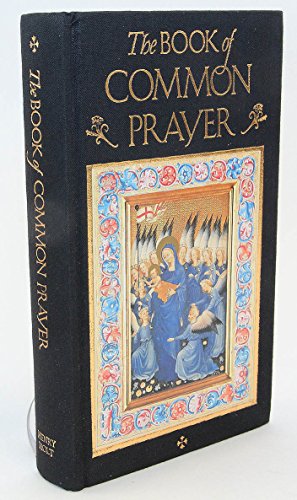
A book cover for The Book of Common Prayer; Century Hutchinson; Christian Books & Bibles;